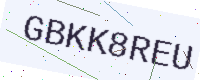
Text: GBKK8REU